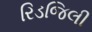
રિડજિલી